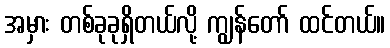
အမှား တစ်ခုခုရှိတယ်လို့ ကျွန်တော် ထင်တယ်။